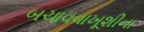
બચાવવાખૂશીના